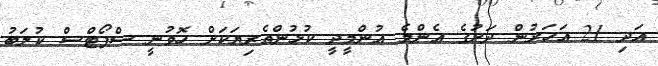
އަދި 21 އަހަރުން ދަށުގެ އެންމެ އުންމީދީ ކުޅުންތެރިޔަކަށް ހޮވުނީ ސްޕޯޓްސް ކުލަބު